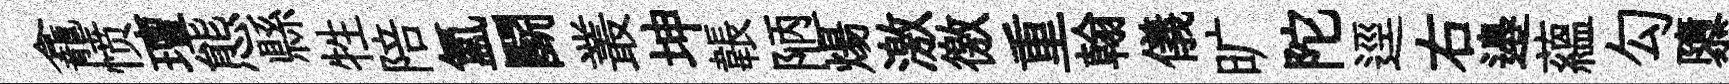
龕愤璮態縣牲陪氲鬬叢坤韔陋煬激徼重翰儀旷陀逕右邉蘊勾隳